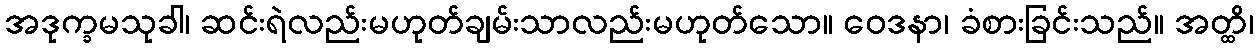
အဒုက္ခမသုခါ၊ ဆင်းရဲလည်းမဟုတ်ချမ်းသာလည်းမဟုတ်သော။ ဝေဒနာ၊ ခံစားခြင်းသည်။ အတ္ထိ၊